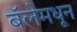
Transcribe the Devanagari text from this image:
बॅलेमधून